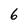
Character: 6